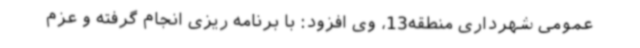
عمومی شهرداری منطقه13، وی افزود: با برنامه ریزی انجام گرفته و عزم